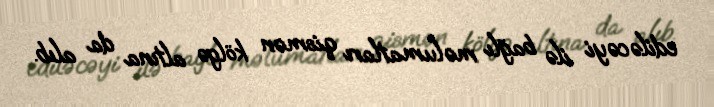
ediləcəyi ilə bağlı məlumatları qismən kölgə altına da alıb.